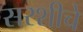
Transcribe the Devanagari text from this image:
सरशीचे